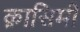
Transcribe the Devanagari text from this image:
क़ासिमी